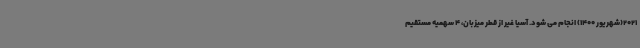
2021(شهریور 1400) انجام می شود. آسیا غیر از قطر میزبان، 4 سهمیه مستقیم